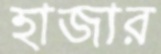
হাজার